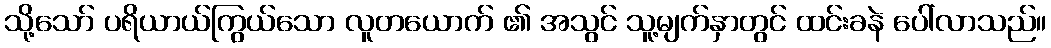
သို့သော် ပရိယာယ်ကြွယ်သော လူတယောက် ၏ အသွင် သူ့မျက်နှာတွင် ထင်းခနဲ ပေါ်လာသည်။